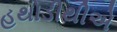
હથોડીથીએ